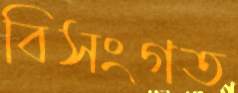
বিসংগত